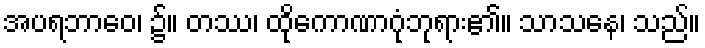
အပရဘာဝေ၊ ၌။ တဿ၊ ထိုကောဏာဂုံဘုရား၏။ သာသနေ၊ သည်။